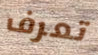
تعرف